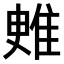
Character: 𨾳